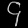
Digit: ၄